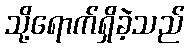
သို့ရောက်ရှိခဲ့သည်